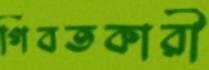
গিবতকারী